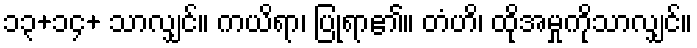
၁၃+၁၄+ သာလျှင်။ ကယိရာ၊ ပြုရာ၏။ တံဟိ၊ ထိုအမှုကိုသာလျှင်။